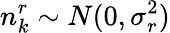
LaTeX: n_{k}^{r}\sim N(0,\sigma_{r}^{2})